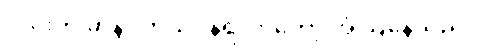
လင်းက မာနာ ကိုယ်ဝန်ရလာတော့ အံ့ဩနေသည်။